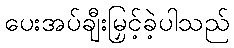
ပေးအပ်ချီးမြှင့်ခဲ့ပါသည်